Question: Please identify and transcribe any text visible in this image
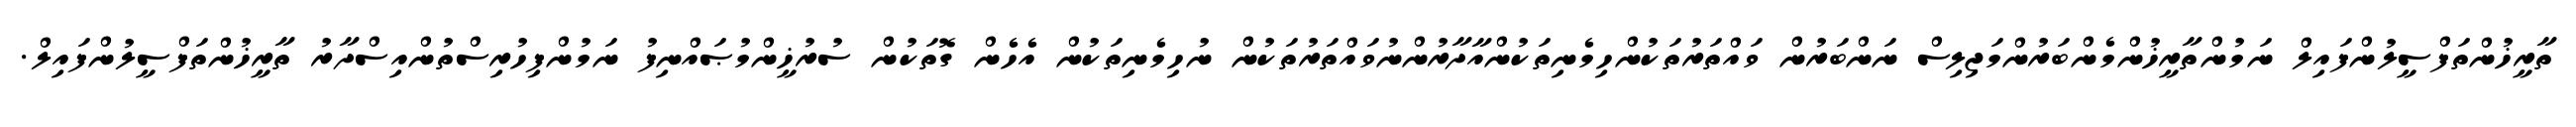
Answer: ތާރީޚުންތަފްސީލުންފައިލް ނަމުންތާރީޚުންމެންބަރުންމަޖިލިސް ނަންބަރުން ވައްތަރުތަކުންހިމެނިތަކުންއާދާރުންނުވައްތަރުތަކުން ނުހިމެނިތަކުން އެހެން ގޮތަކުން ސުރުޚީންމުޞައްނިފު ނަމުންފިހުރިސްތުންއިސްދާރު ތާރީޚުންތަފްސީލުންފައިލް.